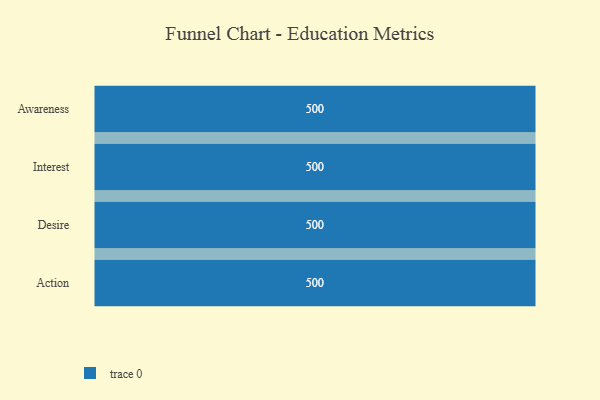
{"axis": {"x": "Stage", "y": "Value"}, "legend": [""], "data": [{"x": "Awareness", "y": 500, "type": ""}, {"x": "Interest", "y": 500, "type": ""}, {"x": "Desire", "y": 500, "type": ""}, {"x": "Action", "y": 500, "type": ""}]}